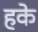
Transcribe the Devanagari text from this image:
हके